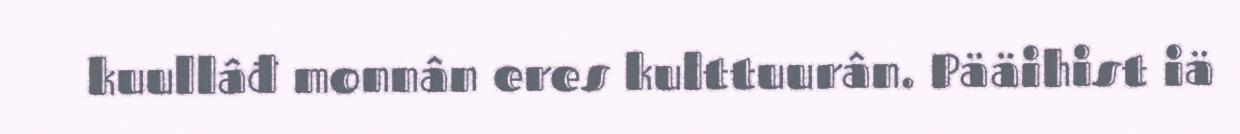
kuullâđ monnân eres kulttuurân. Pääihist iä